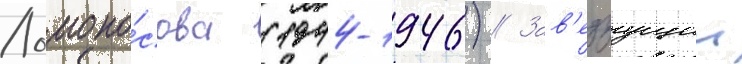
Ломоно́сова (1944-1946) // Зав'едуущии